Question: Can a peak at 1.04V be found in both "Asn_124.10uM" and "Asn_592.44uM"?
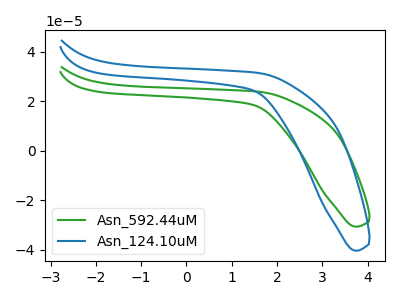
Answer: <think>The green curve "Asn_592.44uM" has no peaks. The blue curve "Asn_124.10uM" has no peaks.</think>
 <answer>No, "Asn_124.10uM" and "Asn_592.44uM" dont share a peak at 1.04V.</answer>
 <eval>mismatch</eval>